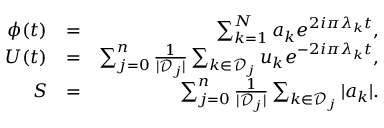
\begin{array} { r l r } { \phi ( t ) } & { = } & { \sum _ { k = 1 } ^ { N } a _ { k } e ^ { 2 i \pi \lambda _ { k } t } , } \\ { U ( t ) } & { = } & { \sum _ { j = 0 } ^ { n } \frac { 1 } { | { \mathcal D } _ { j } | } \sum _ { k \in { \mathcal D } _ { j } } u _ { k } e ^ { - 2 i \pi \lambda _ { k } t } , } \\ { S } & { = } & { \sum _ { j = 0 } ^ { n } \frac { 1 } { | { \mathcal D } _ { j } | } \sum _ { k \in { \mathcal D } _ { j } } | a _ { k } | . } \end{array}